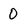
Character: o